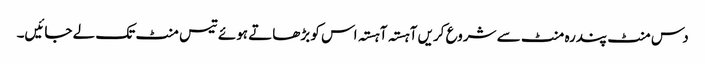
دس منٹ پندرہ منٹ سے شروع کریں آہستہ آہستہ اس کو بڑھاتے ہوئے تیس منٹ تک لے جائیں۔